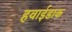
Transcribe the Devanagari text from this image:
हवाईडाक